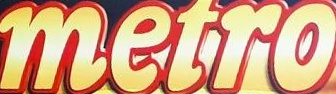
metro